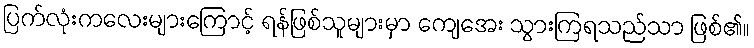
ပြက်လုံးကလေးများကြောင့် ရန်ဖြစ်သူများမှာ ကျေအေး သွားကြရသည်သာ ဖြစ်၏။